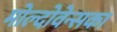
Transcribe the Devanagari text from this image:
मोल्दोवेन्सका